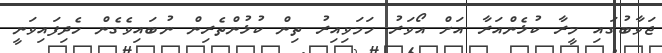
ޖަވާބުގައި މީރާ ކުޅެންއަރާ އަށް އޯވަރު ހަމަވިއިރު ތިން ކުޅުންތެރިން ނުބައިވެގެން ހެދިފައިވަނީ